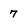
Character: 7